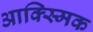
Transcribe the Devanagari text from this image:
आक्स्मिक